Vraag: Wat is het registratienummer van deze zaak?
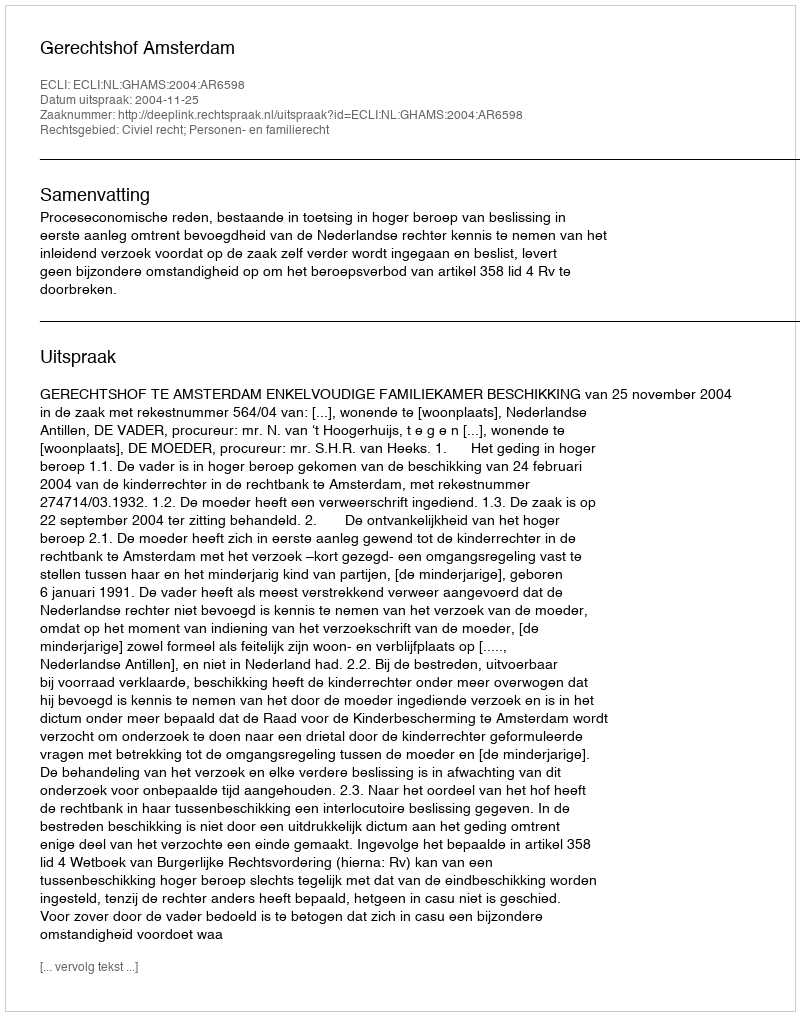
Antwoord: http://deeplink.rechtspraak.nl/uitspraak?id=ECLI:NL:GHAMS:2004:AR6598